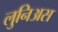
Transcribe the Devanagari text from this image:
लुनिअस